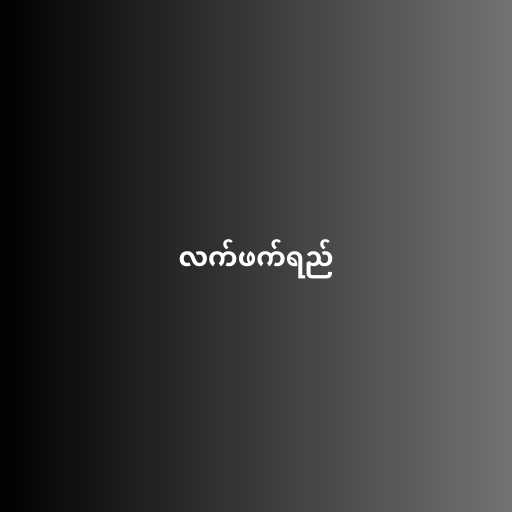
လက်ဖက်ရည်